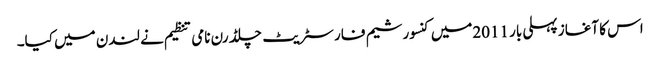
اس کا آغاز پہلی بار 2011میں کنسورشیم فار سٹریٹ چلڈرن نامی تنظیم نے لندن میں کیا۔